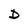
Character: D